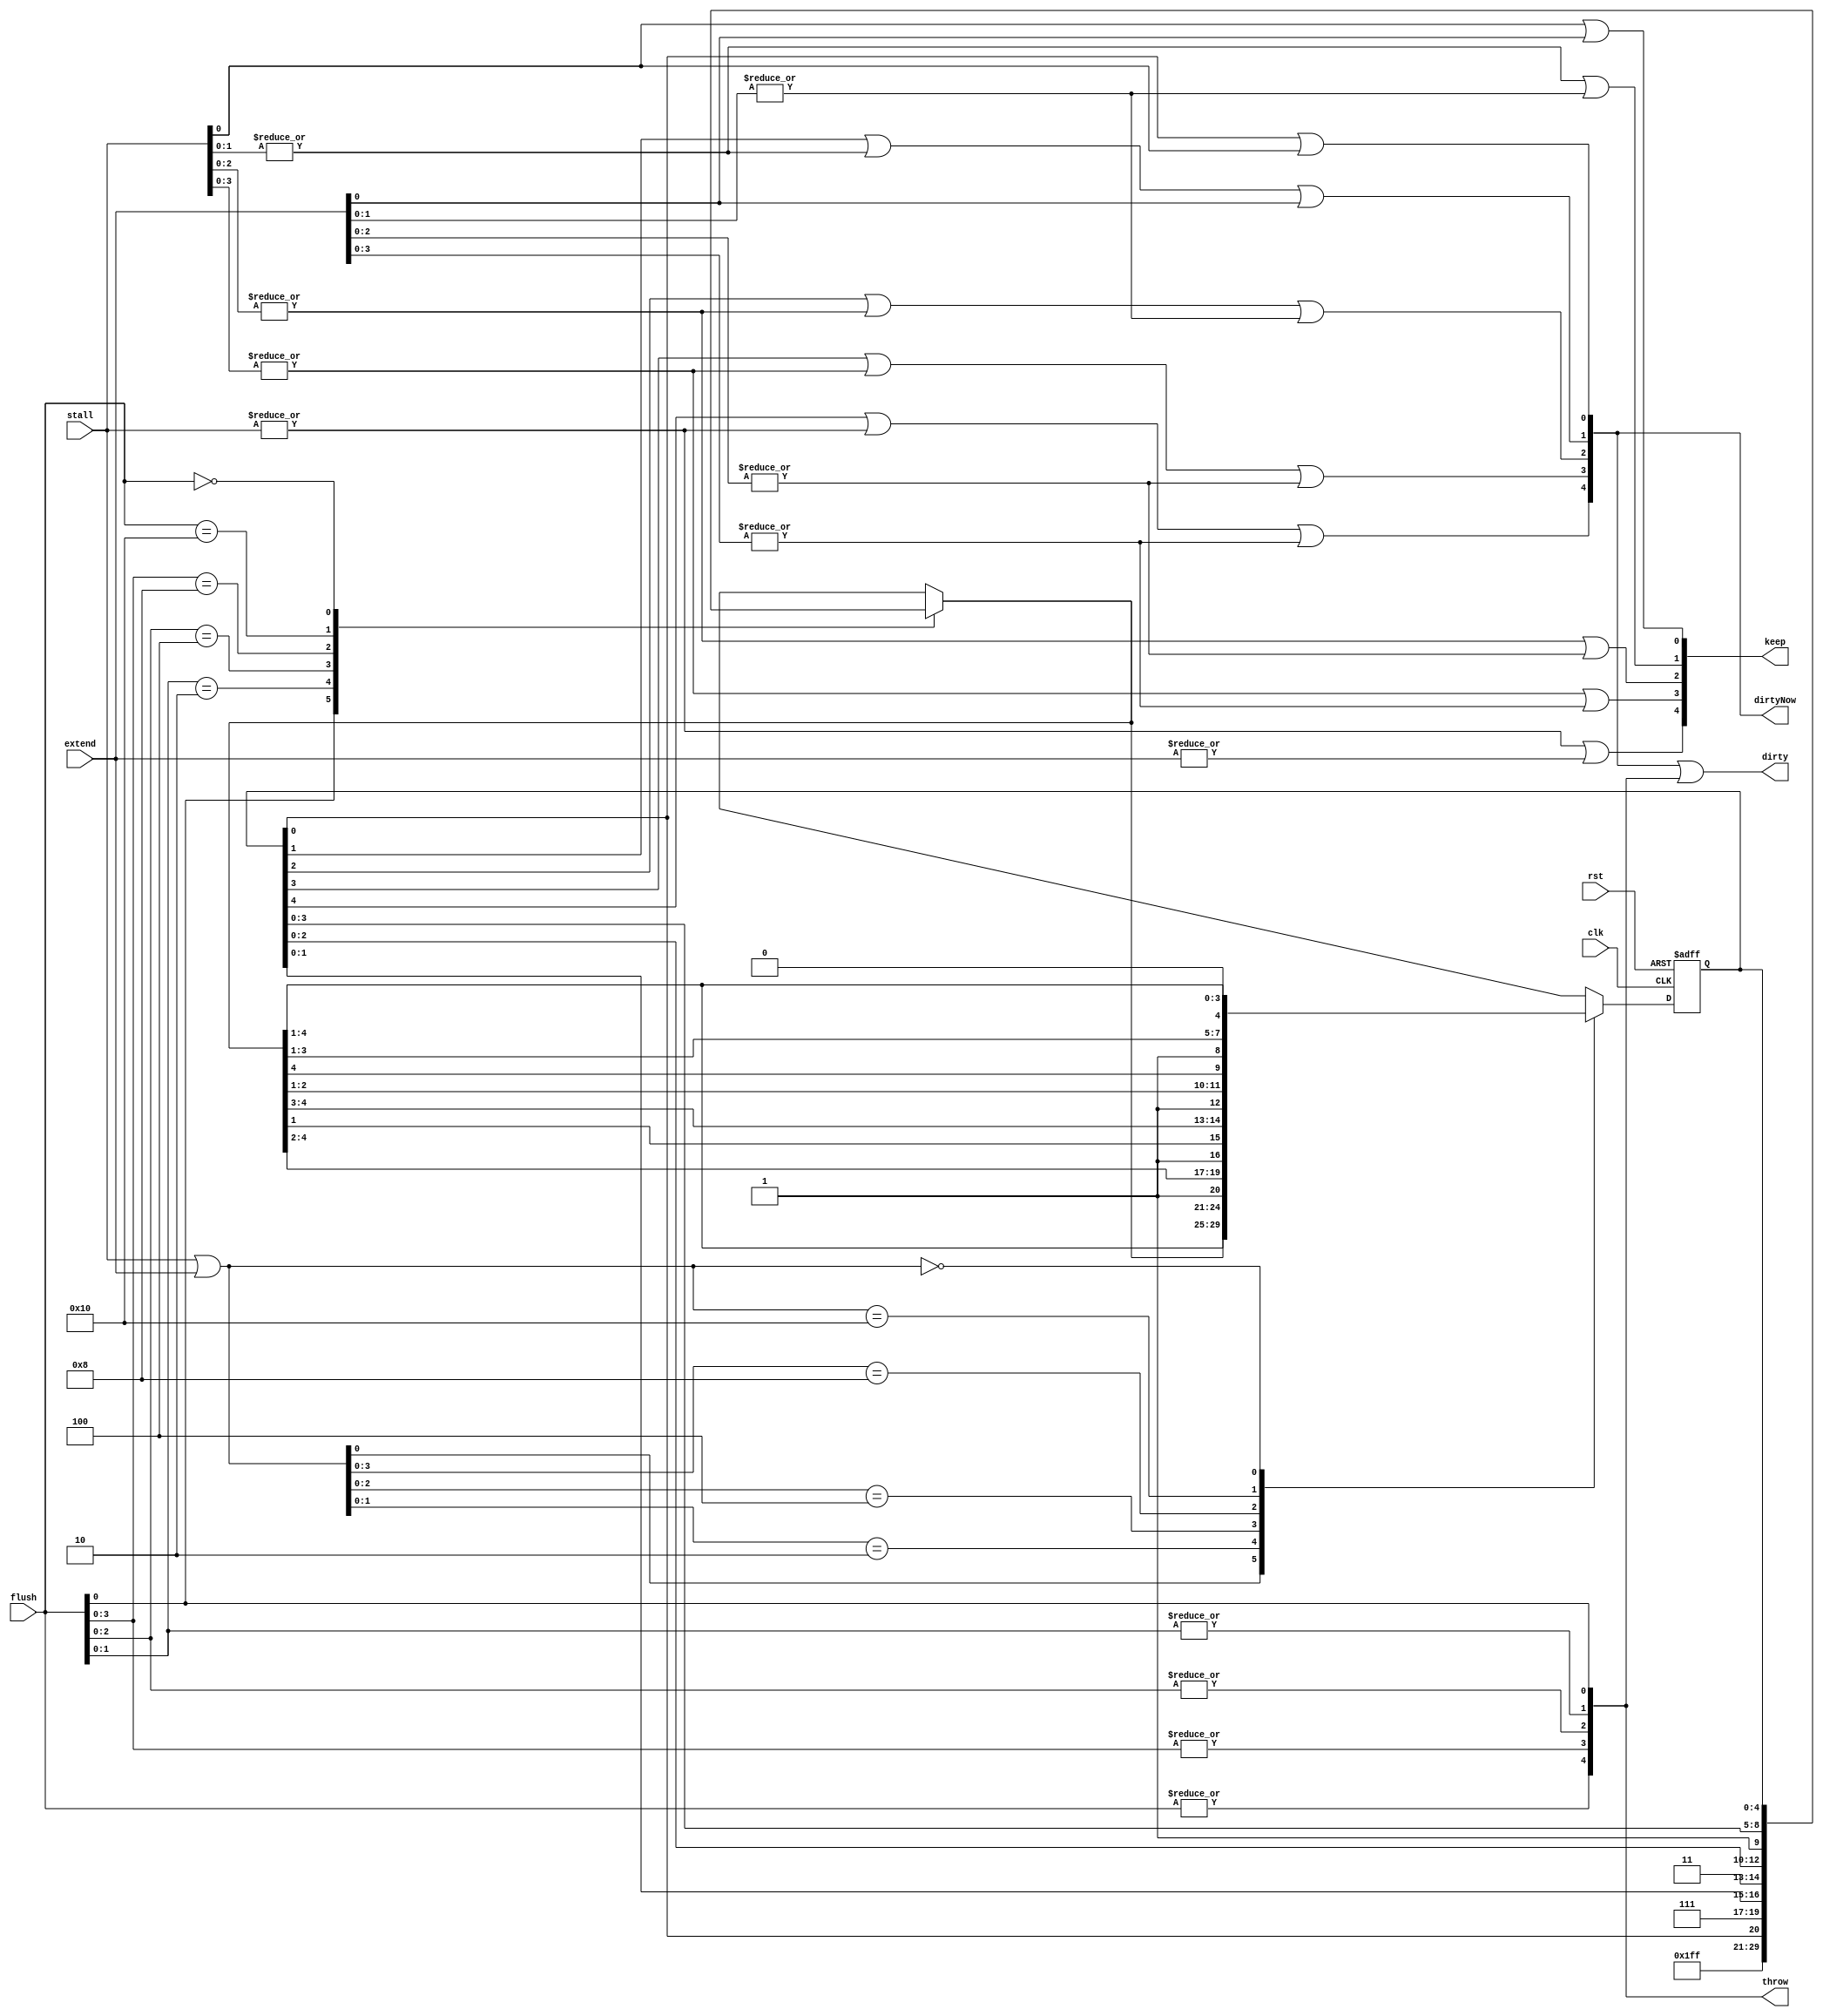
module pipe_unit (
  input clk, rst,
  input [4:0] stall,
  input [4:0] flush,
  input [4:0] extend,
  output reg [4:0] keep,
  output reg [4:0] throw,
  output reg [4:0] dirtyNow,
  output wire [4:0] dirty
);

  // Bubbles Register
  reg [4:0] bubble;
  reg [4:0] nextBubble;

  // Pipeline Control (bubbles propagation)
  always @(posedge clk or negedge rst) begin
    if (!rst) bubble <= 5'b11111;  // reset pipeline
    else bubble <= nextBubble;     // advance pipeline
  end

  // Next Bubbles Calculation
  always @(*) begin 
    // flushing (set as bubbles)
    casez (flush)
      5'b????1: nextBubble = 5'b11111;
      5'b???10: nextBubble = {4'b1111, bubble[0]};
      5'b??100: nextBubble = {3'b111, bubble[1:0]};
      5'b?1000: nextBubble = {2'b11, bubble[2:0]};
      5'b10000: nextBubble = {1'b1, bubble[3:0]};
      5'b00000: nextBubble = bubble[4:0];
      default: nextBubble = bubble[4:0];
    endcase

    // stalling/extending (insert bubbles)
    casez (stall | extend)
      5'b????1: nextBubble = nextBubble;
      5'b???10: nextBubble = {nextBubble[4:1], 1'b1};
      5'b??100: nextBubble = {nextBubble[4:2], 1'b1, nextBubble[1]};
      5'b?1000: nextBubble = {nextBubble[4:3], 1'b1, nextBubble[2:1]};
      5'b10000: nextBubble = {nextBubble[4], 1'b1, nextBubble[3:1]};
      5'b00000: nextBubble = {1'b0, nextBubble[4:1]};
      default: nextBubble = {1'b0, nextBubble[4:1]};
    endcase
  end

  // Keep Values
  always @(*) begin
    keep[0] = stall[0] || extend[0];
    keep[1] = |stall[1:0] || |extend[1:0];
    keep[2] = |stall[2:0] || |extend[2:0];
    keep[3] = |stall[3:0] || |extend[3:0];
    keep[4] = |stall[4:0] || |extend[4:0];
  end

  // Throw Values
  always @(*) begin
    throw[0] = flush[0];
    throw[1] = |flush[1:0];
    throw[2] = |flush[2:0];
    throw[3] = |flush[3:0];
    throw[4] = |flush[4:0];
  end

  // DirtyNow Values
  always @(*) begin
    dirtyNow[0] = bubble[0] || stall[0];
    dirtyNow[1] = bubble[1] || |stall[1:0] || extend[0];
    dirtyNow[2] = bubble[2] || |stall[2:0] || |extend[1:0];
    dirtyNow[3] = bubble[3] || |stall[3:0] || |extend[2:0];
    dirtyNow[4] = bubble[4] || |stall[4:0] || |extend[3:0];
  end

  // Dirty Values
  assign dirty = dirtyNow | throw;

endmodule